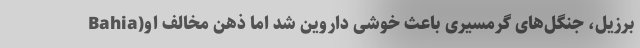
Bahia)برزیل، جنگل‌های گرمسیری باعث خوشی داروین شد اما ذهن مخالف او